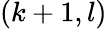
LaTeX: (k+1,l)